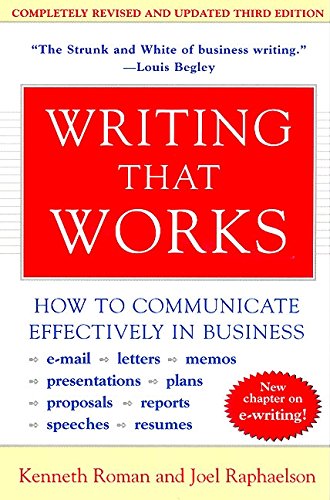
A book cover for Writing That Works; How to Communicate Effectively In Business; Kenneth Roman; Business & Money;